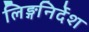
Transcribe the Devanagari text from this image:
लिङ्गनिर्देश